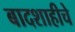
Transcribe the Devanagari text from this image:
बादशाहीचे